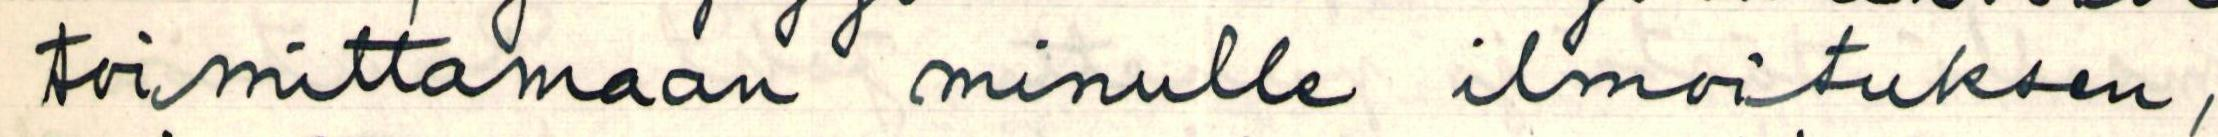
toimittamaan minulle ilmoituksen